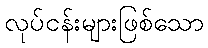
လုပ်ငန်းများဖြစ်သော